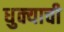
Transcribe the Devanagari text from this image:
धुक्याची